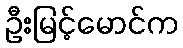
ဦးမြင့်မောင်က